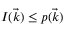
I ( \vec { k } ) \leq p ( \vec { k } )